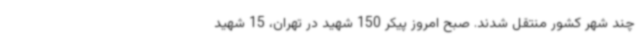
چند شهر کشور منتقل شدند. صبح امروز پیکر 150 شهید در تهران، 15 شهید